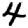
Digit: 4